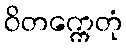
ဝိတက္ကေတုံ